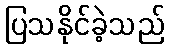
ပြသနိုင်ခဲ့သည်